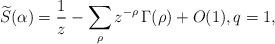
LaTeX: \begin{align*}\widetilde{S}(\alpha)=\frac{1}{z}-\sum_\rho z^{-\rho}\,\Gamma(\rho)+O(1),q=1,\end{align*}